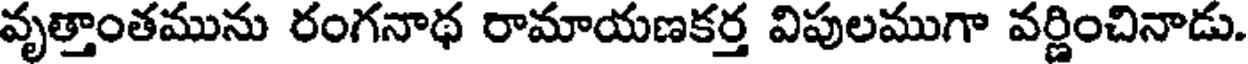
వృత్తాంతమును రంగనాథ రామాయణకర్త విపులముగా వర్ణించినాడు.